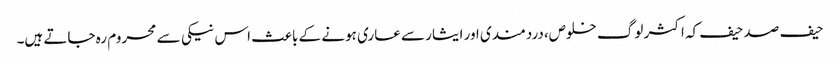
حیف صد حیف کہ اکثر لوگ خلوص،دردمندی اور ایثار سے عاری ہونے کے باعث اس نیکی سے محروم رہ جاتے ہیں۔